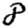
Digit: 8